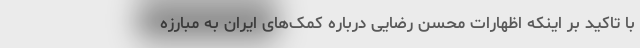
با تاکید بر اینکه اظهارات محسن رضایی درباره کمک‌های ایران به مبارزه